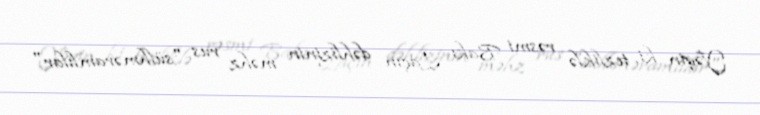
Yəqin ki, tezliklə rəsmi Bakı Laçın dəhlizinin məhz rus "sülhməramlılar"